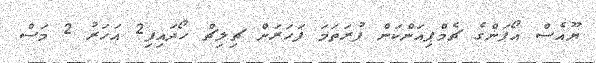
ޔޫއެސް އޯޕަންގެ ޗެމްޕިއަންކަން ފުރަތަމަ ފަހަރަށް ޗިލިޗް ހޯދައިފި2 އަހަރު 2 މަސް